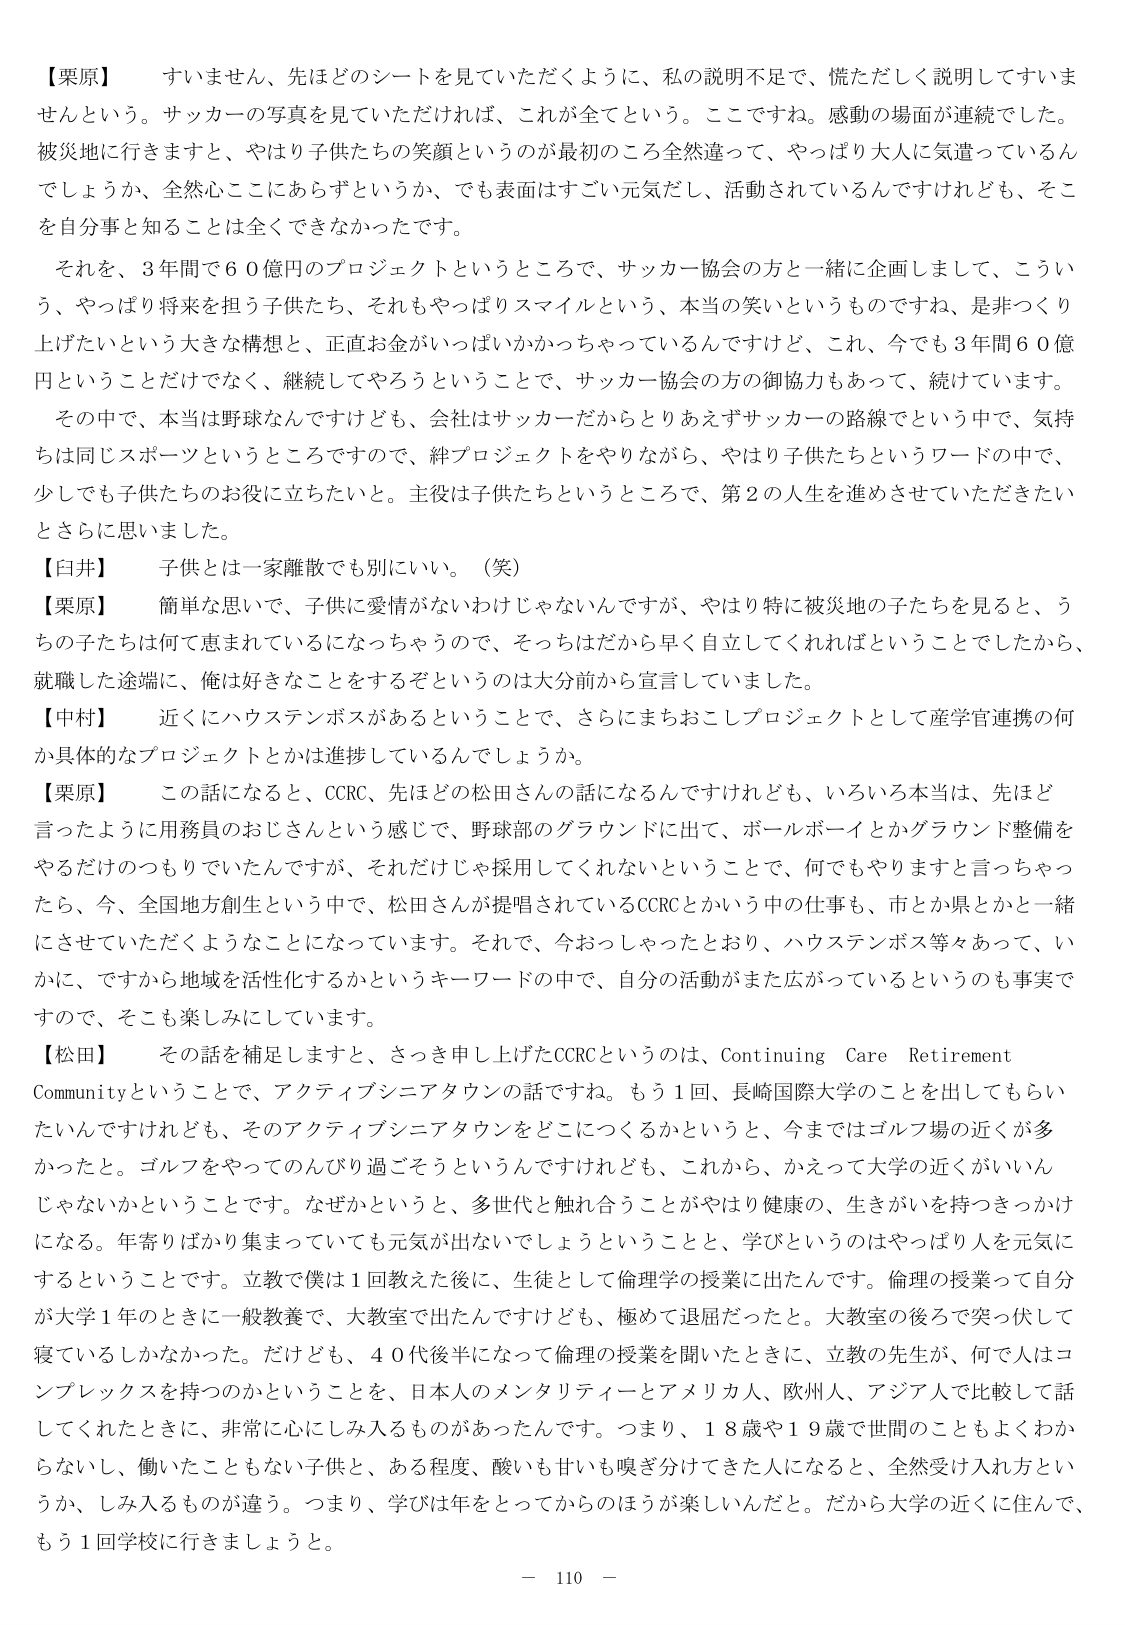
【栗原】　すいません、先ほどどのシートを見ていただくように、私の説明不足で、慌ただしく説明してすいませんという。サッカーの写真を見ていただければ、これが全てという。ここですね。感動の場面が連続でした。被災地に行きますと、やはり子供たちの笑顔というのが最初のころ全然違って、やっぱり大人に気遣っているんでしょうか、全然心ここにあらずというか、でも表面はすごく元気だし、活動されているんですけれども、そこを自分事と知ることは全くなかったです。

　それを、3年間で60億円のプロジェクトというところで、サッカー協会の方と一緒に企画しまして、こういう、やっぱり将来を担う子供たち、それもやっぱりスマイルという、本当の笑いというものですね、是非つくり上げたいという大きな構想と、正直お金がいっぱいかかっちゃっているんですけど、これ、今でも3年間60億円ということだけでなく、継続してやろうということで、サッカー協会の方の御協力もあって、続けています。

　その中で、本当は野球なんですけども、会社はサッカーだからとりあえずサッカーの路線でという中で、気持ちは同じスポーツというところで、絆プロジェクトをやりながら、やはり子供たちというワードの中で、少しでも子供たちのお役に立ちたいと。主役は子供たちというところで、第2の人生を進めてさせていただきたいとさらに思いました。

【臼井】　子供とは一家離散でも別にいい。（笑）

【栗原】　簡単な思いで、子供に愛情がないわけじゃないんですが、やはり特に被災地の子たちを見ると、うちの子たちは何で恵まれているになっちゃうので、そっちはだから早く自立してくれればということでしたから、就職した途端に、俺は好きなことをするぞというのは大分前から宣言していました。

【中村】　近くにハウステンボスがあるということで、さらにまちおこしプロジェクトとして産学官連携の何か具体的なプロジェクトとかは進捗しているんでしょうか。

【栗原】　この話になると、CCRC、先ほどの松田さんの話になるんですけども、いろいろ本当は、先ほど言ったように用務員のおじさんという感じで、野球部のグラウンドに出て、ボールボーイとかグラウンド整備をやるだけのつもりでいたんですが、それだけじゃ採用してくれないということで、何でもやりますと言っちゃったら、今、全国地方創生という中で、松田さんが提唱されているCCRCとかいう中の仕事も、市とか県とかと一緒にさせていただくようなことになっています。それで、今おっしゃったとおり、ハウステンボス等々あって、いかに、ですから地域を活性化するかというキーワードの中で、自分の活動がまた広がっているというのも事実ですので、そこも楽しみにしています。

【松田】　その話を補足しますと、さっき申し上げたCCRCというのは、Continuing Care Retirement Communityということで、アクティブシニアタウンの話ですね。もう1回、長崎国際大学のことを出してもらいたいんですけども、そのアクティブシニアタウンをどこにつくるかというと、今まではゴルフ場の近くが多かったと。ゴルフをやってのんびり過ごそうというんですけども、これから、かえって大学の近くがいいんじゃないかということです。なぜかというと、多世代と触れ合うことがやはり健康の、生きがいを持つきっかけになる。年寄りばかり集まっていても元気が出ないでしょうということと、学びというのはやっぱり人を元気にするということです。立教で僕は1回教えた後に、生徒として倫理学の授業に出たんです。倫理の授業って自分が大学1年のときに一般教養で、大教室で出たんですけども、極めて退屈だったと。大教室の後ろで突っ伏して寝ているしかなかった。だけども、40代後半になって倫理の授業を聞いたときに、立教の先生が、何で人はコンプレックスを持つのかということを、日本人のメンタリティーやアメリカ人、欧州人、アジア人で比較して話してくれたときに、非常に心にしみ入るものがあったんです。つまり、18歳や19歳で世間のこともよくわからないし、働いたこともない子供と、ある程度、酸いも甘いも嗅ぎ分けてきた人になると、全然受け入れ方というか、しみ入るものが違う。つまり、学びは年をとってからのほうが楽しいんだと。だから大学の近くに住んで、もう1回学校に行きましょうと。

－ 110 －